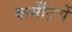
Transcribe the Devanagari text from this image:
कर्मेंद्रियें